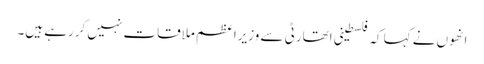
انھوں نے کہا کہ فلسطینی اتھارٹی سے وزیراعظم ملاقات نہیں کررہے ہیں۔